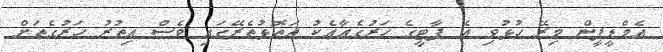
އެމްޑީޕީން މިރޭ ހުޅުވި އެ ޕާޓީގެ ހަރުގެއާއެކު އަތޮޅުތެރޭގައި ވެސް އިތުރު ހަރުގެތަށް